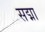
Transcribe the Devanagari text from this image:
सद्मा